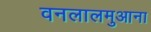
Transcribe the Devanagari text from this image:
वनलालमुआना